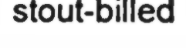
stout-billed